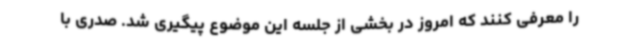
را معرفی کنند که امروز در بخشی از جلسه این موضوع پیگیری شد. صدری با